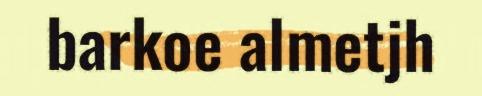
barkoe almetjh